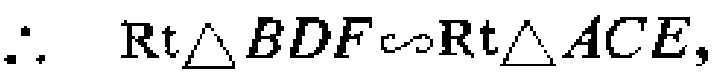
\(\therefore\ \text{Rt}\triangle BDF\sim\text{Rt}\triangle ACE,\)